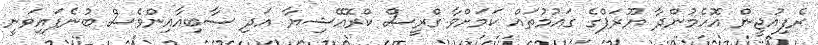
ރެފިއުޖީން އޮހެމުންދާ ޔޫރަޕްގެ ގައުމުތައް ކަމަށްވާ ގްރީސް ކްރޮއޭޝިޔާ އަދި ސާބިއާއިންވެސް ބުނެފައިވަނީ